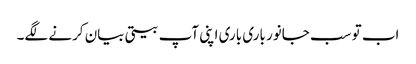
اب تو سب جانور باری باری اپنی آپ بیتی بیان کرنے لگے۔